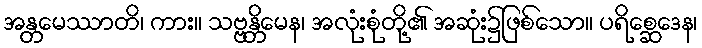
အန္တမေဿာတိ၊ ကား။ သဗ္ဗန္တိမေန၊ အလုံးစုံတို့၏ အဆုံး၌ဖြစ်သော။ ပရိစ္ဆေဒေန၊